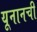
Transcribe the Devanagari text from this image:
यूनानची